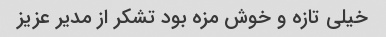
خیلی تازه و خوش مزه بود تشکر از مدیر عزیز